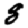
Digit: 8